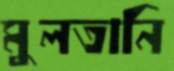
মুলতানি